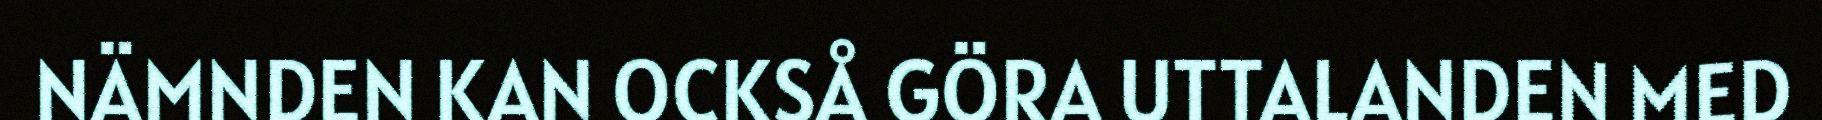
NÄMNDEN KAN OCKSÅ GÖRA UTTALANDEN MED